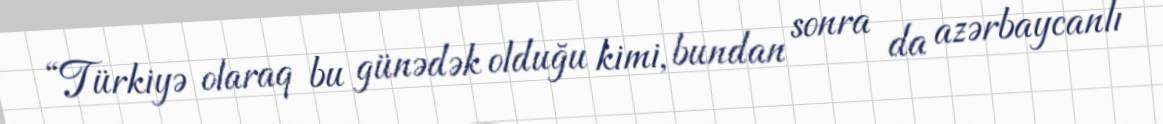
“Türkiyə olaraq bu günədək olduğu kimi, bundan sonra da azərbaycanlı